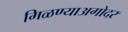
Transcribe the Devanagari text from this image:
मिळण्याअगोदर